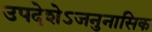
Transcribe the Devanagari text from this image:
उपदेशेऽजनुनासिक